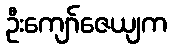
ဦးကျော်ဇေယျက